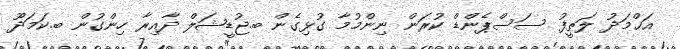
އަޙްމަދު ލަޠީފު ސަސްޕެންޑް ކުރަން ނިންމުމާ ގުޅިގެން ބ.ޖުޑީޝަލް ދާއިރާ ހިންގުން ބ.ކަމަދޫ